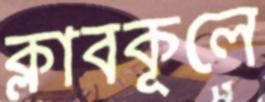
ক্লাবকূলে